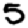
Digit: 5